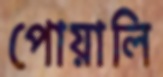
পোয়ালি